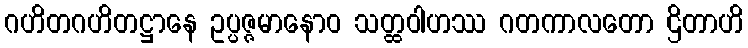
ဂဟိတဂဟိတဋ္ဌာနေ ဥပ္ပဇ္ဇမာနောဝ သတ္ထဝါဟဿ ဂတကာလတော ဌိတာဟိ